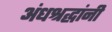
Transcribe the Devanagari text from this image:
अंधश्रद्धांनी